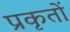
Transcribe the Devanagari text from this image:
प्रकृतों